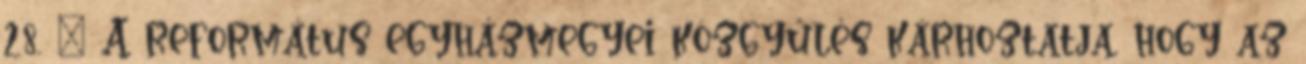
28. – A református egyházmegyei közgyűlés kárhoztatja, hogy az